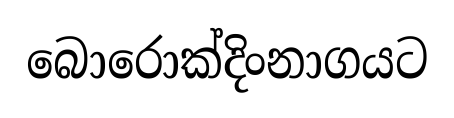
බොරොක්දිංනාගයට